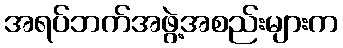
အရပ်ဘက်အဖွဲ့အစည်းများက